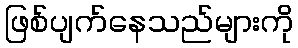
ဖြစ်ပျက်နေသည်များကို